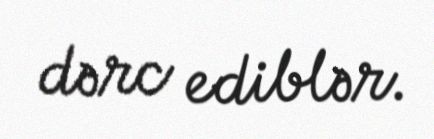
dərc ediblər.